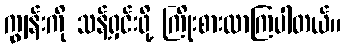
ကျွန်းကို သန့်ရှင်းဖို့ ကြိုးစားလာကြပါတယ်။